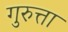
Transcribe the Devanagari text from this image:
गुरुत्ता